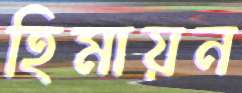
হিমায়ন